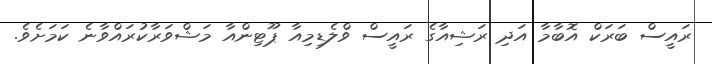
ރައީސް ބަރަކް އޮބާމާ އަދި ރަޝިއާގެ ރައީސް ވްލެޑިމިއާ ޕޫޓިންއާ މަޝްވަރާކުރައްވާނެ ކަމަށެވެ.